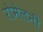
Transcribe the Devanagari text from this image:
रोमेलनी